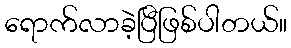
ရောက်လာခဲ့ပြီဖြစ်ပါတယ်။